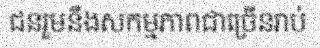
ជនរួមនឹងសកម្មភាពជាច្រើនរាប់